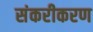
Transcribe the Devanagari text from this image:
संकरीकरण